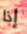
إذا